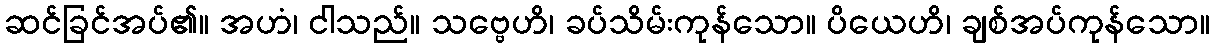
ဆင်ခြင်အပ်၏။ အဟံ၊ ငါသည်။ သဗ္ဗေဟိ၊ ခပ်သိမ်းကုန်သော။ ပိယေဟိ၊ ချစ်အပ်ကုန်သော။